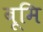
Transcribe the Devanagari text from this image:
बूमि